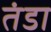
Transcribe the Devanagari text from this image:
तंडा